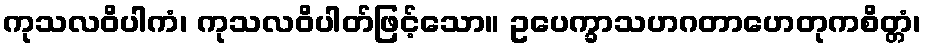
ကုသလဝိပါကံ၊ ကုသလဝိပါတ်ဖြင့်သော။ ဥပေက္ခာသဟဂတာဟေတုကစိတ္တံ၊